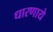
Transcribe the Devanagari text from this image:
धारणाये